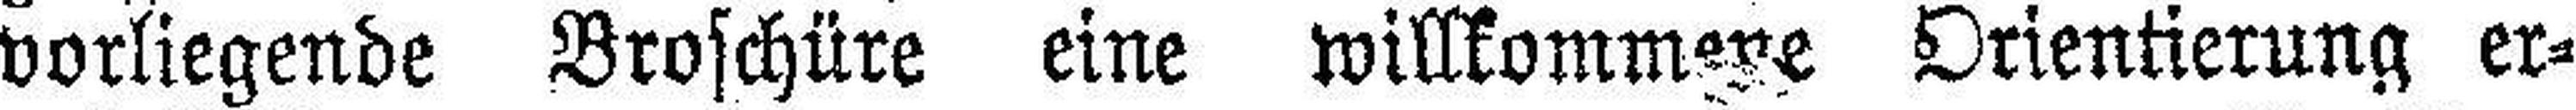
vorliegende Broschüre eine willkommene Orientierung er¬